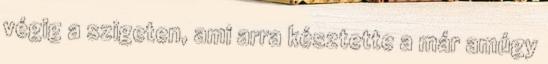
végig a szigeten, ami arra késztette a már amúgy